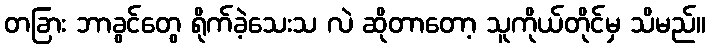
တခြား ဘာခွင်တွေ ရိုက်ခဲ့သေးသ လဲ ဆိုတာတော့ သူကိုယ်တိုင်မှ သိမည်။